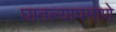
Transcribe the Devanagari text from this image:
घातल्यापमाणे